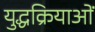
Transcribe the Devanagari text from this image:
युद्धक्रियाओं